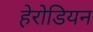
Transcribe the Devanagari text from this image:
हेरोडियन